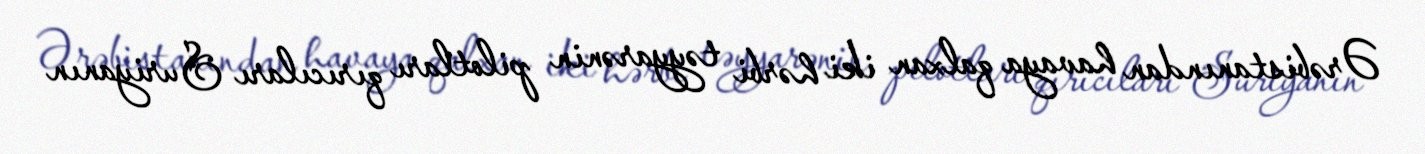
Ərəbistanından havaya qalxan iki hərbi təyyarənin pilotları qırıcıları Suriyanın